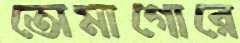
তোমাগোরে